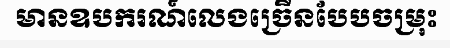
មានឧបករណ៍លេងច្រើនបែបចម្រុះ